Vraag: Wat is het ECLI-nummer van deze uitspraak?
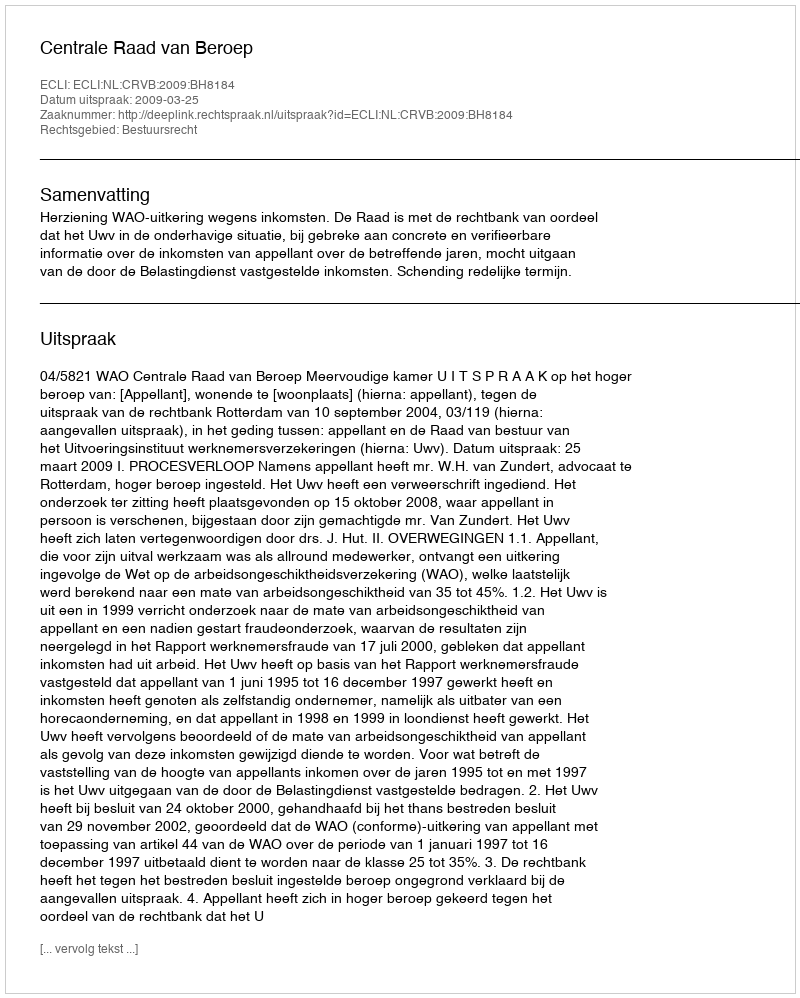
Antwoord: ECLI:NL:CRVB:2009:BH8184